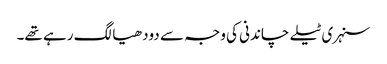
سنہری ٹیلے چاندنی کی وجہ سے دودھیا لگ رہے تھے۔